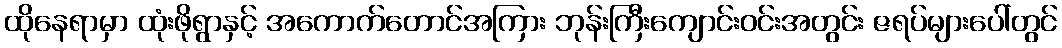
ထိုနေရာမှာ ထုံးဖိုရွာနှင့် အကောက်တောင်အကြား ဘုန်းကြီးကျောင်းဝင်းအတွင်း ဇရပ်များပေါ်တွင်